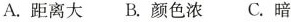
A.距离大 B.颜色浓 C.暗